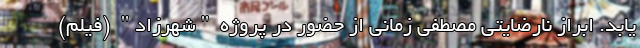
یابد. ابراز نارضایتی مصطفی زمانی از حضور در پروژه "شهرزاد" (فیلم)